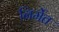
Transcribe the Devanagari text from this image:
निर्मेत